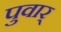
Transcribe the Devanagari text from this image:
पुवार्